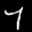
Label: 7